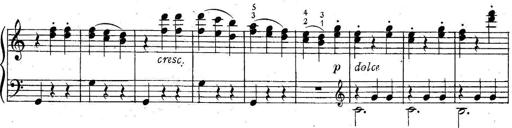
Title: 6 Easy Sonatinas
Composer: Carl Czerny